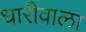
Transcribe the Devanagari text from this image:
धारीवाला